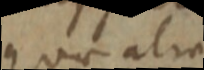
quae alia